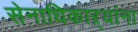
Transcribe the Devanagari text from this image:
सेनाधिकाऱ्यांना